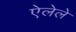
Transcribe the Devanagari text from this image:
ऐलेले